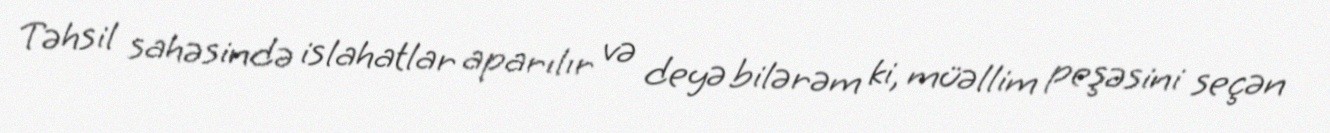
Təhsil sahəsində islahatlar aparılır və deyə bilərəm ki, müəllim peşəsini seçən